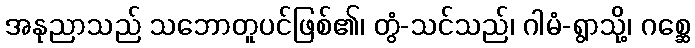
အနုညာသည် သဘောတူပင်ဖြစ်၏၊ တွံ-သင်သည်၊ ဂါမံ-ရွာသို့၊ ဂစ္ဆေ